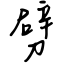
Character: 劈